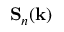
\mathbf { S } _ { n } ( \mathbf { k } )